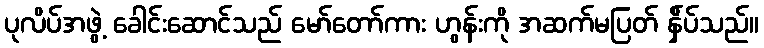
ပုလိပ်အဖွဲ့ ခေါင်းဆောင်သည် မော်တော်ကား ဟွန်းကို အဆက်မပြတ် န်ှိပ်သည်။